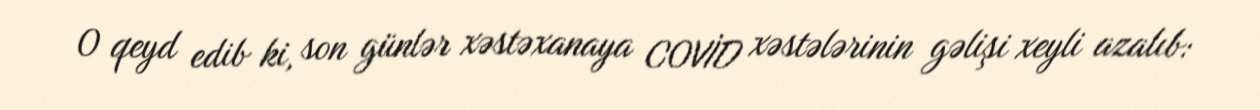
O qeyd edib ki, son günlər xəstəxanaya COVİD xəstələrinin gəlişi xeyli azalıb: